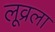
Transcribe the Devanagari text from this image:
लूव्रला